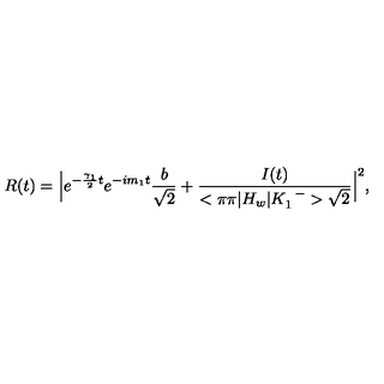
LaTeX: R ( t ) = \Big | e ^ { - { \frac { \gamma _ { 1 } } { 2 } } t } e ^ { - i m _ { 1 } t } { \frac { b } { \sqrt { 2 } } } + { \frac { I ( t ) } { < \pi \pi | H _ { w } | K _ { 1 } ^ { \enspace - } > \sqrt { 2 } } } \Big | ^ { 2 } ,